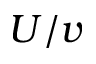
U / v